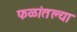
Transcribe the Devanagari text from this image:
फळांतल्या